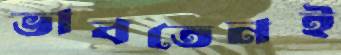
ভাবতেনই